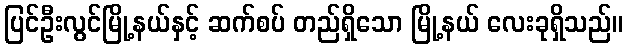
ပြင်ဦးလွင်မြို့နယ်နှင့် ဆက်စပ် တည်ရှိသော မြို့နယ် လေးခုရှိသည်။